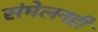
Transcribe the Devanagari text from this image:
संमेलनही